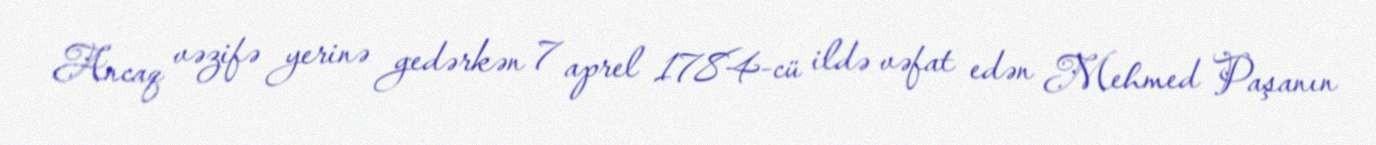
Ancaq vəzifə yerinə gedərkən 7 aprel 1784-cü ildə vəfat edən Mehmed Paşanın